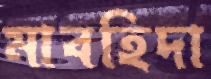
মাবহিদা